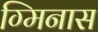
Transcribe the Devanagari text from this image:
ग्मिनास